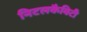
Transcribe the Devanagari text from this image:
निटलकैविटी